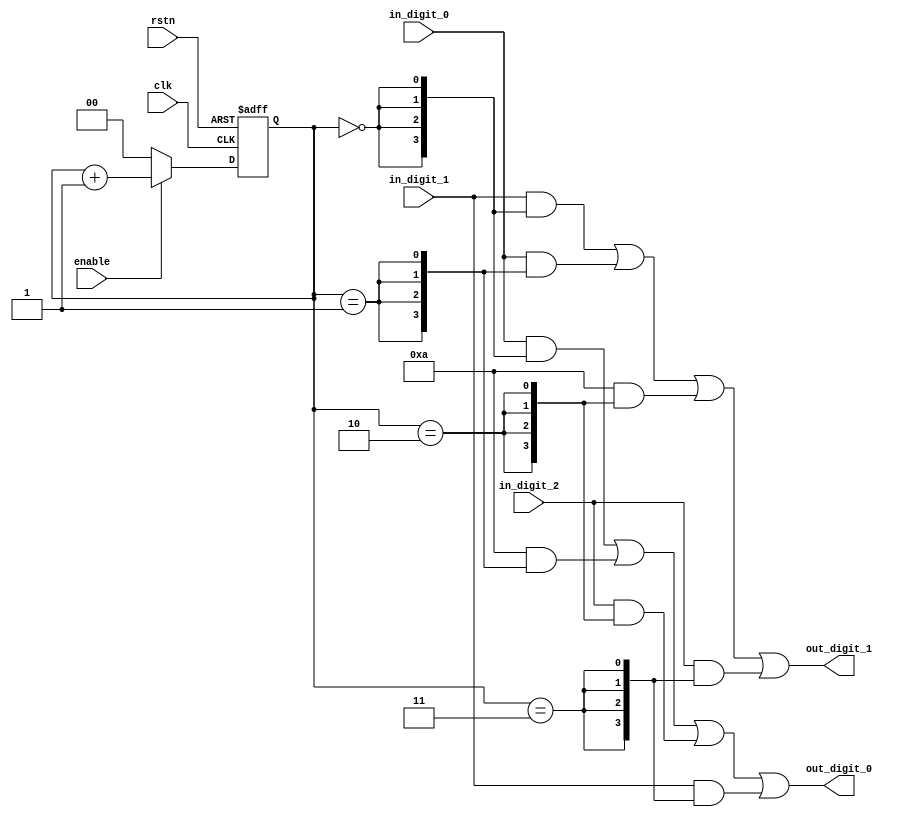
module CircleShift (
    input  wire       clk,
    input  wire       rstn,
    input  wire       enable,
    input  wire [3:0] in_digit_2, in_digit_1, in_digit_0,
    output wire [3:0] out_digit_1, out_digit_0
);
    reg [1:0] cnt;

    always @(posedge clk or negedge rstn) begin
        if (!rstn) cnt <= 2'd0;
        else if (enable) cnt <= cnt + 2'd1;
        else cnt <= 2'd0;
    end

    assign out_digit_1 = (in_digit_1 & {4{cnt == 2'd0}}) |
                         (in_digit_0 & {4{cnt == 2'd1}}) |
                         (4'd10      & {4{cnt == 2'd2}}) |
                         (in_digit_2 & {4{cnt == 2'd3}});

    assign out_digit_0 = (in_digit_0 & {4{cnt == 2'd0}}) |
                         (4'd10      & {4{cnt == 2'd1}}) |
                         (in_digit_2 & {4{cnt == 2'd2}}) |
                         (in_digit_1 & {4{cnt == 2'd3}});

endmodule //CircleShift